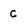
Character: C